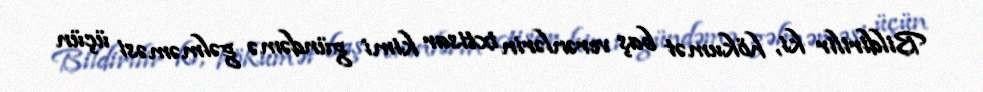
Bildirilir ki, hökumət baş verənlərin ixtisar kimi gündəmə gəlməməsi üçün